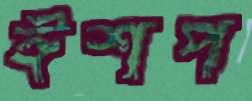
ঈশপ